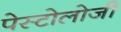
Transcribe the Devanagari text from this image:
पेस्टोलोजी